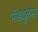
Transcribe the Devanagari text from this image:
मॉड्युलस